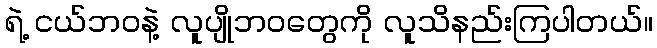
ရဲ့ ငယ်ဘဝနဲ့ လူပျိုဘဝတွေကို လူသိနည်းကြပါတယ်။